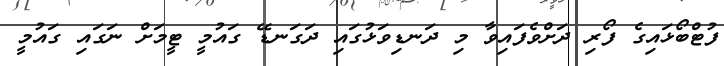
ފުޓްބޯޅައިގެ ފޯރި ދަށްވެފައިވާ މި ދަނޑިވަޅުގައި ދަގަނޑޭ ގައުމީ ޓީމަށް ނަގައި ގައުމީ